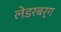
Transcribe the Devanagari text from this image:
लेडरबर्ग